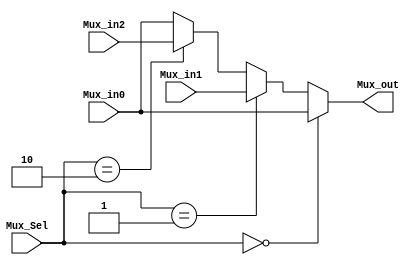

module Mux_32Bits_3input(Mux_out, Mux_in0, Mux_in1, Mux_in2, Mux_Sel) ; 

	output [31:0]Mux_out ;
    reg [31:0]Mux_out ;
	input [31:0]Mux_in0, Mux_in1 ,Mux_in2;
	input [1:0]Mux_Sel;

	always@(*)
	begin
		if (Mux_Sel == 2'b00)begin
			Mux_out = Mux_in0;
        end
		else if (Mux_Sel == 2'b01)begin
			Mux_out = Mux_in1;
        end
		else if (Mux_Sel == 2'b10)begin
			Mux_out = Mux_in2;
        end
		else begin   // Error
			Mux_out = Mux_in0;
        end
	end
	
endmodule